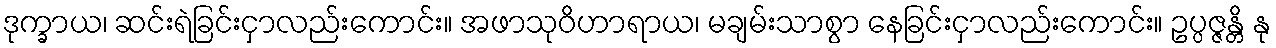
ဒုက္ခာယ၊ ဆင်းရဲခြင်းငှာလည်းကောင်း။ အဖာသုဝိဟာရာယ၊ မချမ်းသာစွာ နေခြင်းငှာလည်းကောင်း။ ဥပ္ပဇ္ဇန္တိ နု